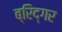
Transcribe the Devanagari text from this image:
ब्रिद्गर